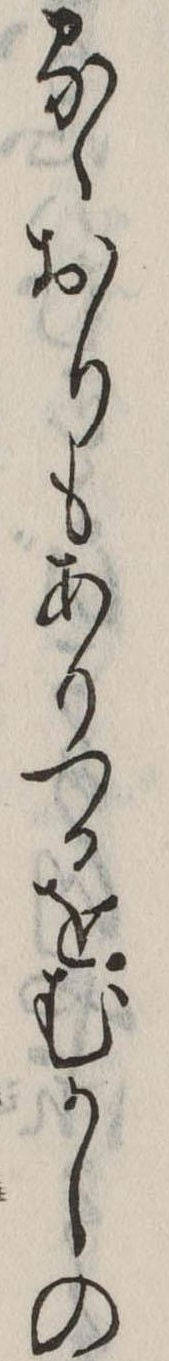
るゝおりもありつるをむかしの